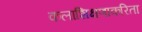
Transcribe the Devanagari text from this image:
कलाशिक्षणाकरिता